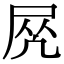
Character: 𡱲